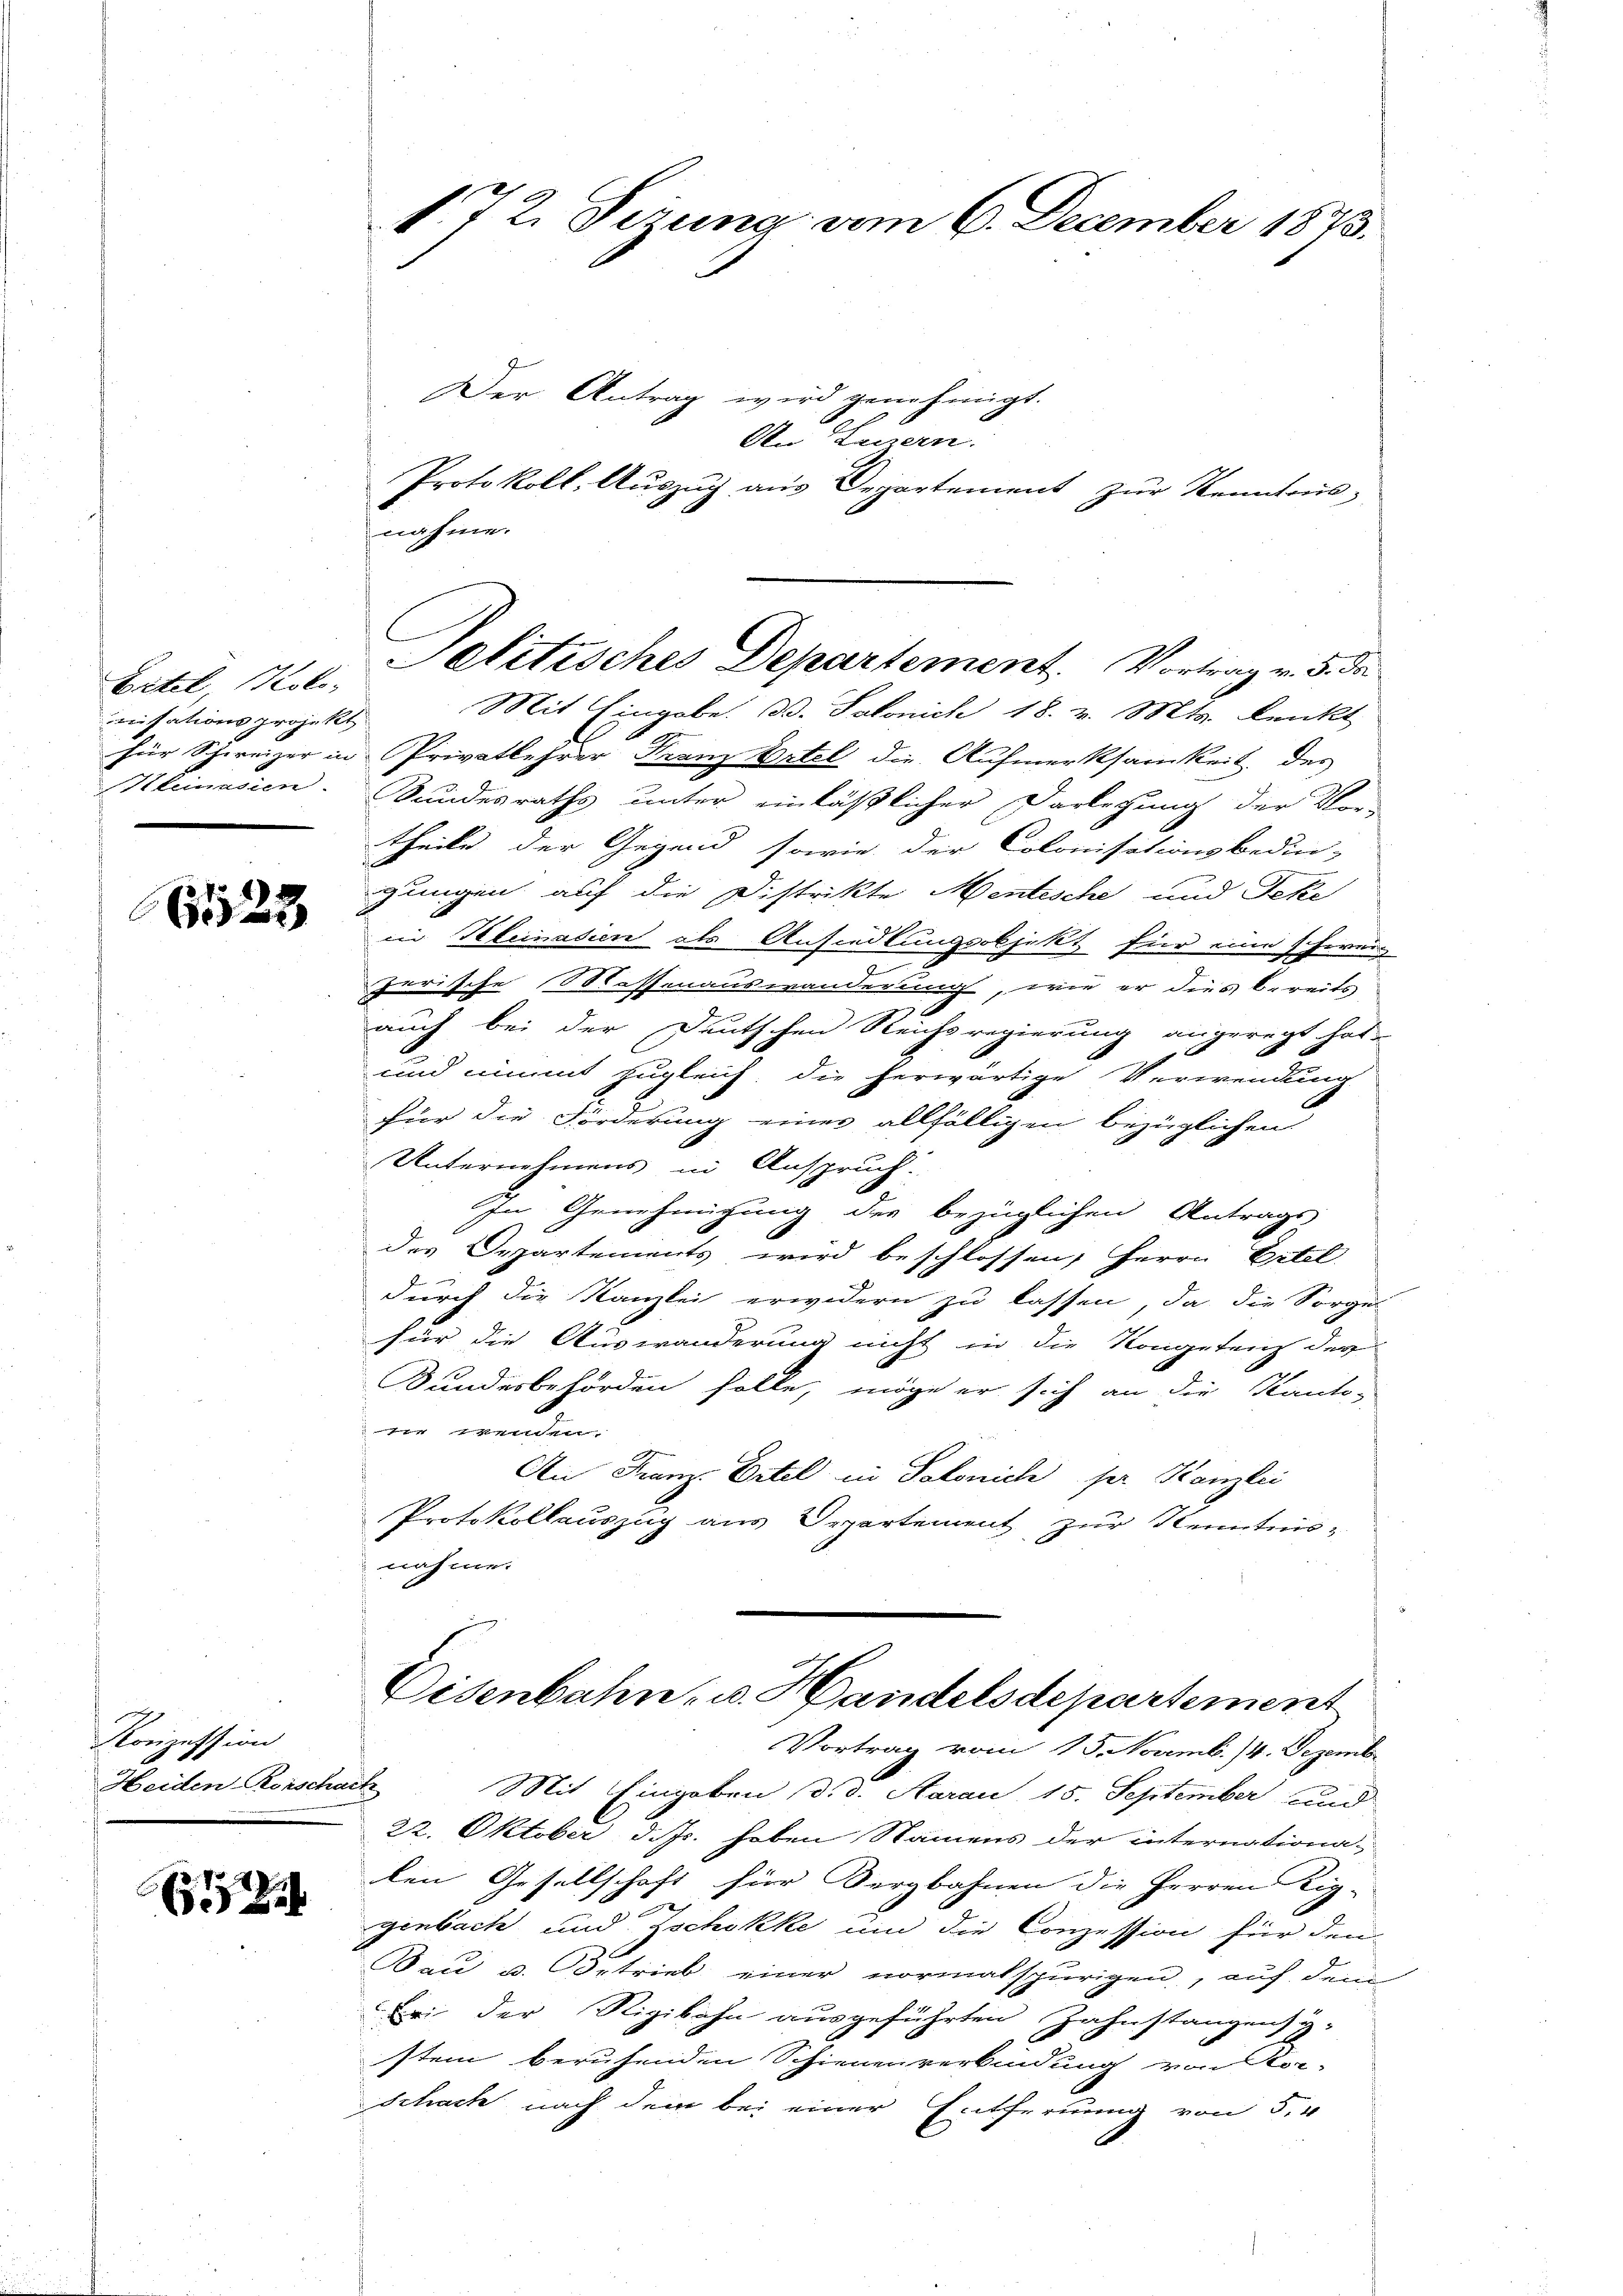
Eitel, Kolo¬
Hlinasien

523

Konzession
Heiden-Rorschar

5

172. Sizung vom 6. December 1873.

Der Antrag wird genehmigt.
An Luzern.
Protokoll. Aŭszŭg aŭs Departement zŭr Kenntonsnahme.
nisationsprojekt. Mit Eingabe. Dr. Salonich 18. v. Mts. lenkt
für Schweizer in Privatlehrer Franz Ortel die Aufmerksamkeit des
Sundesraths unter einläßlicher Darlegung der Vor-
theile der Gegend sowie der Colonisationsbedin-
gungen auf die Distrikte Mentesche und Feke
in Heinadien als Ansiedlungsobjekt für eine schwei
zerische Messenauswanderung, wie er dies bereits
auch bei der Deutschen Reichsregierung angeregt hat.
und nimmt zugleich die herwärtige Verwendung
für die Forderung einer allfälligen bezüglichen
Unternehmens in Anspruch.
In Genehmigung des bezüglichen Antrags
des Departements wird beschlossen, Herrn Eitel
durch die Kanzlei erwidern zu lassen, da die Sorgel
für die Auswanderung nicht in die Kongeteil der
Bundesbehörden solle, möge er sich an die Kanto-
e wenden.
An Franz. Eitel in Salonich per Kanzlei
Protokollauszug aus Departement zur Kenntnis-
nahme.
Eisenbahn- u. Handelsdepartement
Vortrag vom 15. Novemb. 14. Dezemb.
E
Mit Eingaben d. d. Aarau, 15. September und
22. Oktober d. Js. haben Namens der internationa
len Gesellschaft für Sergbahnen die Herren Kig-
genbach und Zschokke um die Conzession für den
Bau u. betrieb einer normalspurigen, auf dem
Er der Rigibahn ausgeführten Zahnstangensy-
stem beruhenden Schienenverbindung von Kor-
Schach nach dem bei einer Entfernung von 5.

Pelitisches Departement. Vortrag v. 5. de